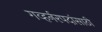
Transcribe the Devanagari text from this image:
गव्हर्नरपदांसाठी